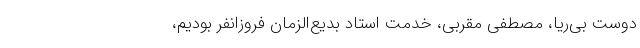
دوست بی‌ریا، مصطفی مقرّبی، خدمت استاد بدیع‌الزمان فروزانفر بودیم،